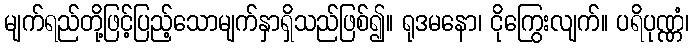
မျက်ရည်တို့ဖြင့်ပြည့်သောမျက်နှာရှိသည်ဖြစ်၍။ ရုဒမနော၊ ငိုကြွေးလျက်။ ပရိပုဏ္ဏံ၊